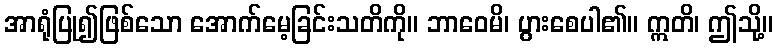
အာရုံပြု၍ဖြစ်သော အောက်မေ့ခြင်းသတိကို။ ဘာဝေမိ၊ ပွားစေပါ၏။ ဣတိ၊ ဤသို့။